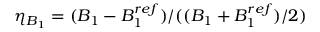
\eta _ { B _ { 1 } } = ( B _ { 1 } - B _ { 1 } ^ { r e f } ) / ( ( B _ { 1 } + B _ { 1 } ^ { r e f } ) / 2 )